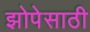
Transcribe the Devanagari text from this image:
झोपेसाठी